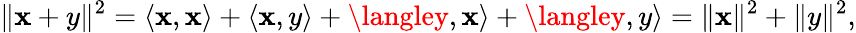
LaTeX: \| \mathbf{x}+y\| ^{2}=\langle\mathbf{x},\mathbf{x}\rangle+\langle\mathbf{x},y\rangle+\langley,\mathbf{x}\rangle+\langley,y\rangle=\| \mathbf{x}\| ^{2}+\| y\| ^{2},